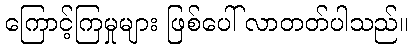
ကြောင့်ကြမှုများ ဖြစ်ပေါ် လာတတ်ပါသည်။